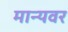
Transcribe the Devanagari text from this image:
मान्‍यवर